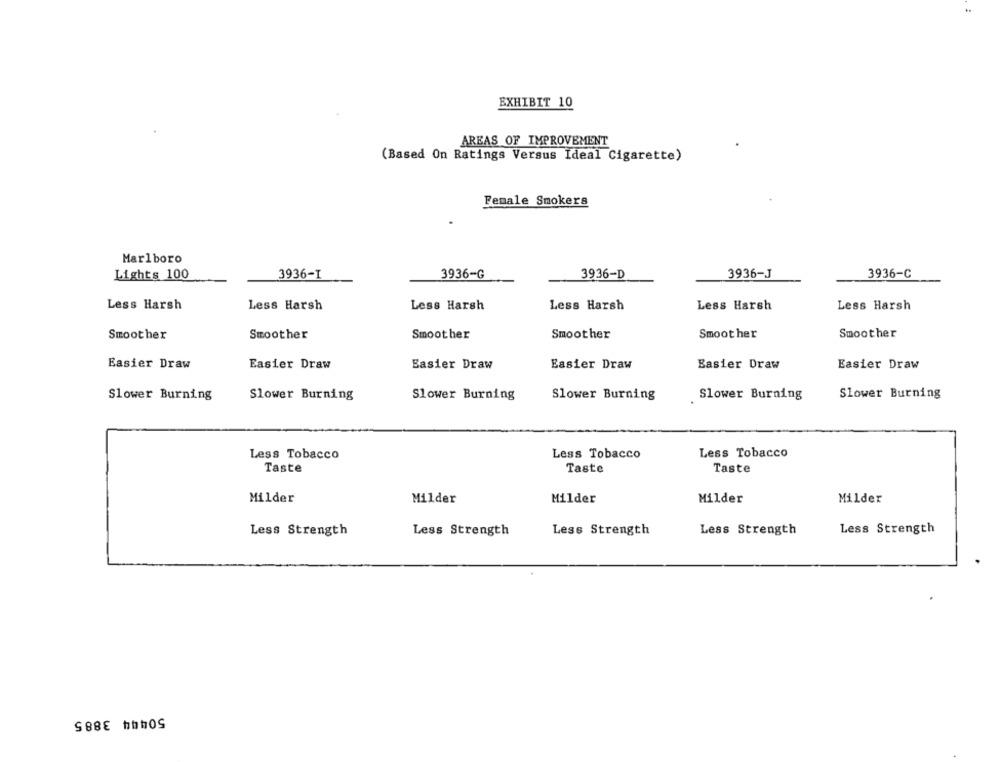
EXHIBIT 10
AREAS OF IMPROVEMENT
(Based On Ratings Versus Ideal Cigarette)
Female Smokers
Marlboro
Lights 100
3936-G
3936-D
3936-J
3936-I
3936-C
Less Harsh
Less Harsh
Less Harsh
Less Harsh
Less Harsh
Less Harsh
Smoother
Smoother
Smoother
Smoother
Smoother
Smoother
Easier Draw
Easier Draw
Easier Draw
Easier Draw
Easier Draw
Easier Draw
Slower Burning
Slower Burning
Slower Burning
Slower Burning
Slower Burning
Slower Burning
Less Tobacco
Less Tobacco
Less Tobacco
Taste
Taste
Taste
Milder
Milder
Milder
Milder
Milder
Less Strength
Less Strength
Less Strength
Less Strength
Less Strength
50444 3885